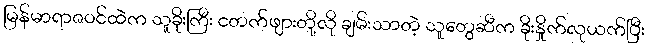
မြန်မာရာဇဝင်ထဲက သူခိုးကြီး ငတက်ဖျားတို့လို ချမ်းသာတဲ့ သူတွေဆီက ခိုးနှိုက်လုယက်ပြီး